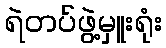
ရဲတပ်ဖွဲ့မှူးရုံး